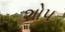
શોપ